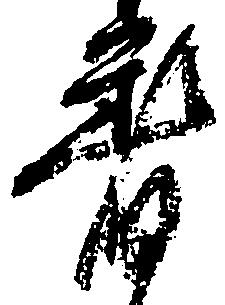
着